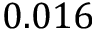
0 . 0 1 6